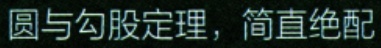
圆与勾股定理，简直绝配